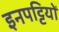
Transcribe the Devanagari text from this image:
इनपट्टियों